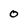
Character: 0